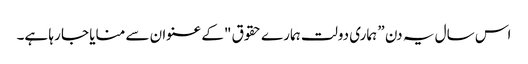
اس سال یہ دن ” ہماری دولت ہمارے حقوق "کے عنوان سے منایا جا رہا ہے۔